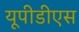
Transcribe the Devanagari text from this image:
यूपीडीएस